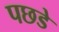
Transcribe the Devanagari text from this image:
पछडे